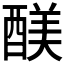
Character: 𮠻